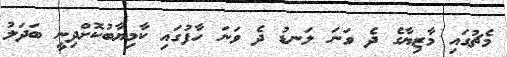
މެޗުގައި މާޒިޔާގެ ދެ ވަނަ ލަނޑު ދެ ވަނަ ހާފުގައި ކާމިޔާބުކޮށްދިނީ ބަދަލު